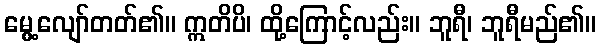
မွေ့လျော်တတ်၏။ ဣတိပိ၊ ထို့ကြောင့်လည်း။ ဘူရီ၊ ဘူရီမည်၏။